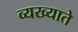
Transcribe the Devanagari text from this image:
व्यख्याते